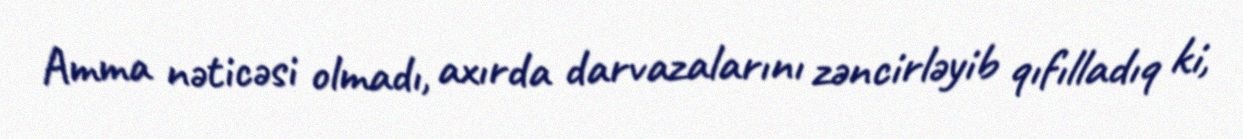
Amma nəticəsi olmadı, axırda darvazalarını zəncirləyib qıfılladıq ki,